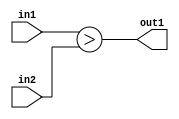
`timescale 1ps / 1ps
/*****************************************************************************
    Verilog RTL Description
    
    
    Created by: Stratus DpOpt 2019.1.01 
*******************************************************************************/

module pw_feature_addr_gen_LessThan_8Ux8U_1U_4 (
	in2,
	in1,
	out1
	); /* architecture "behavioural" */ 
input [7:0] in2,
	in1;
output  out1;
wire  asc001;

assign asc001 = (in1>in2);

assign out1 = asc001;
endmodule

/* CADENCE  urnySQk= : u9/ySgnWtBlWxVPRXgAZ4Og= ** DO NOT EDIT THIS LINE ******/